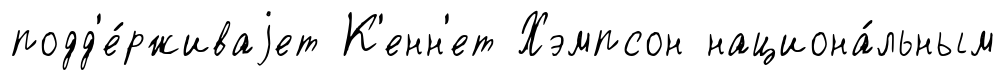
подд'е́рживаjет К'енн'ет Хэмпсон национа́льным